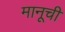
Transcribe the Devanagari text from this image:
मानूची